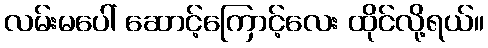
လမ်းမပေါ် ဆောင့်ကြောင့်လေး ထိုင်လို့ရယ်။